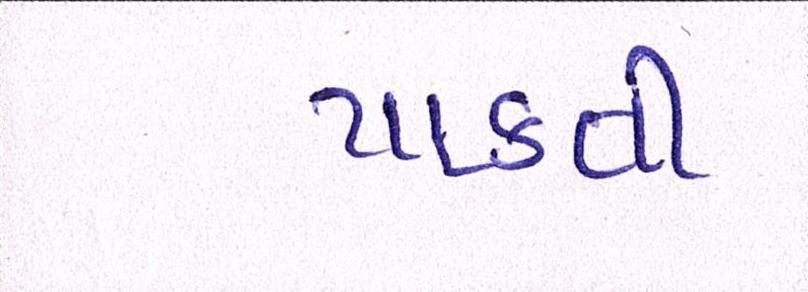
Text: પાકતી